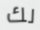
لك